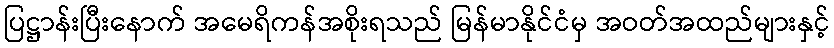
ပြဋ္ဌာန်းပြီးနောက် အမေရိကန်အစိုးရသည် မြန်မာနိုင်ငံမှ အဝတ်အထည်များနှင့်